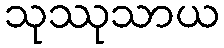
သုဿုသာယ